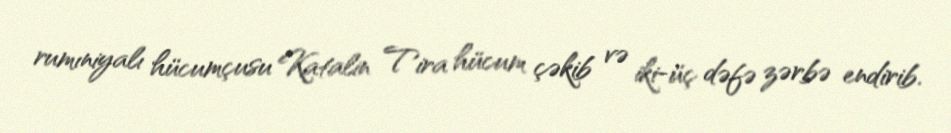
rumıniyalı hücumçusu Katalin Tira hücum çəkib və iki-üç dəfə zərbə endirib.